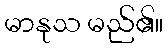
မာနုသ မည်၏။